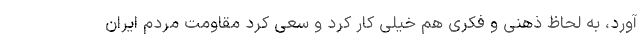
آورد، به لحاظ ذهنی و فکری هم خیلی کار کرد و سعی کرد مقاومت مردم ایران